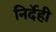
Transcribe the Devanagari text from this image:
निर्देही